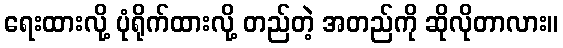
ရေးထားလို့ ပုံရိုက်ထားလို့ တည်တဲ့ အတည်ကို ဆိုလိုတာလား။